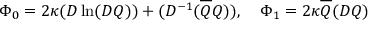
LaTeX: \Phi _ { 0 } = 2 \kappa ( D \ln ( D Q ) ) + ( D ^ { - 1 } ( \overline { { { Q } } } Q ) ) , \quad \Phi _ { 1 } = 2 \kappa \overline { { { Q } } } ( D Q )